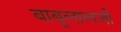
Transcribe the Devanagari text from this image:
बाबूलालजी